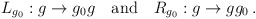
\begin{align*}L_{g_0}:g\rightarrow g_{0}g \ \ \ {\rm and} \ \ \ R_{g_0}:g\rightarrow g g_0\, .\end{align*}